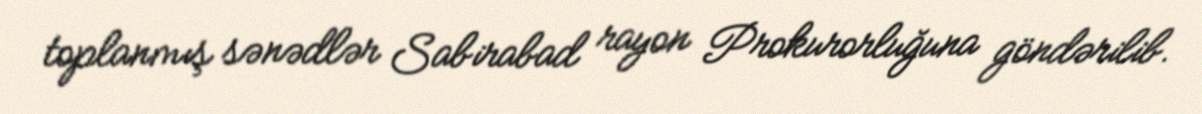
toplanmış sənədlər Sabirabad rayon Prokurorluğuna göndərilib.